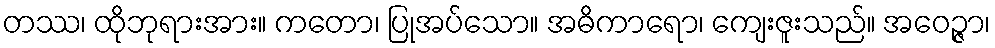
တဿ၊ ထိုဘုရားအား။ ကတော၊ ပြုအပ်သော။ အဓိကာရော၊ ကျေးဇူးသည်။ အဝေဉ္ဇာ၊